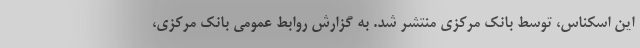
این اسکناس، توسط بانک مرکزی منتشر شد. به گزارش روابط عمومی بانک مرکزی،